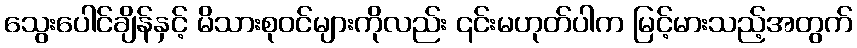
သွေးပေါင်ချိန်နှင့် မိသားစုဝင်များကိုလည်း ၎င်းမဟုတ်ပါက မြင့်မားသည့်အတွက်